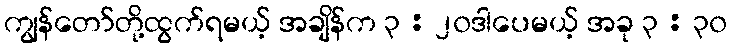
ကျွန်တော်တို့ထွက်ရမယ့် အချိန်က ၃ : ၂၀ဒါပေမယ့် အခု ၃ : ၃၀